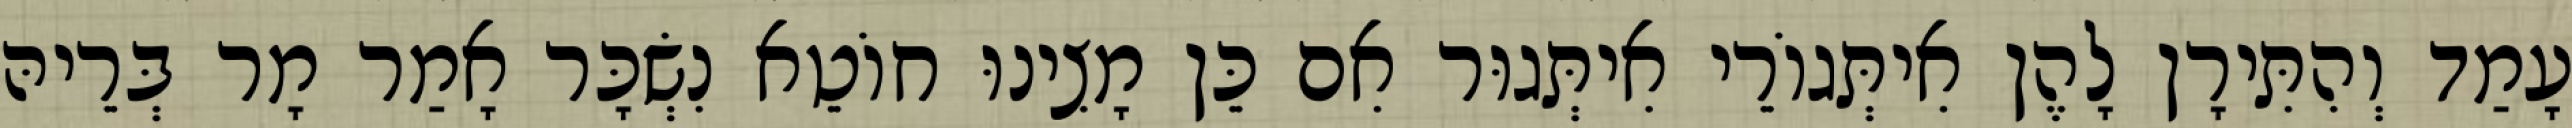
עָמַד וְהִתִּירָן לָהֶן אִיתְּגוֹרֵי אִיתְּגוּר אִם כֵּן מָצִינוּ חוֹטֵא נִשְׂכָּר אָמַר מָר בְּרֵיהּ